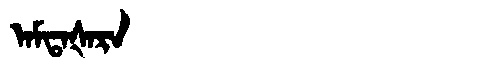
Manchu: ᠠᠮᡨᠠᡧᠠᡵᠠ
Romanization: AMTAŠARA